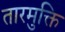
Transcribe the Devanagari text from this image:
तारमुक्ति